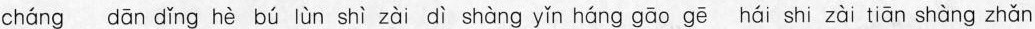
cháng dān dǐng hè bú lùn shì zàī dì shàng yǐn háng gāo gā hái shì zài tīān shàng zhǎn